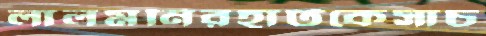
লালমনিরহাটকেসাচ